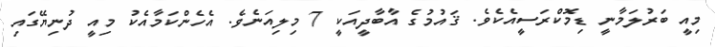
މިއީ ބަރުލަމާނީ ޑިމޮކްރަސީއެކެވެ. ޤައުމުގެ އާބާދީއަކީ 7 މިލިއަނެވެ. އެހެންކަމާއެކު މިއީ ދުނިޔޭގައި